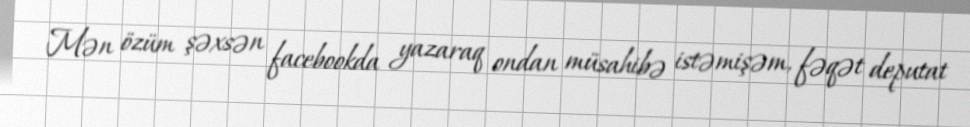
Mən özüm şəxsən facebookda yazaraq ondan müsahibə istəmişəm, fəqət deputat